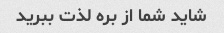
شاید شما از بره لذت ببرید